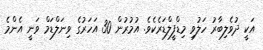
އަކީ ދުވެލިބާރު ހަލުވި މިޑްފީލްޑަރެކެވެ. އުމުރުން 30 އަހަރުގެެ ވިނަލްޑަމް ވަނީ އެންމެ